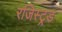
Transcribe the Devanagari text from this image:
रजिस्ट्रड